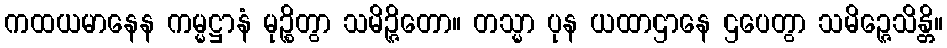
ကထယမာနေန ကမ္မဋ္ဌာနံ မုဉ္စိတွာ သမိဉ္ဇိတော။ တသ္မာ ပုန ယထာဌာနေ ဌပေတွာ သမိဉ္ဇေသိန္တိ။